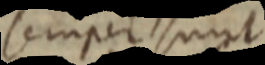
semper sunt